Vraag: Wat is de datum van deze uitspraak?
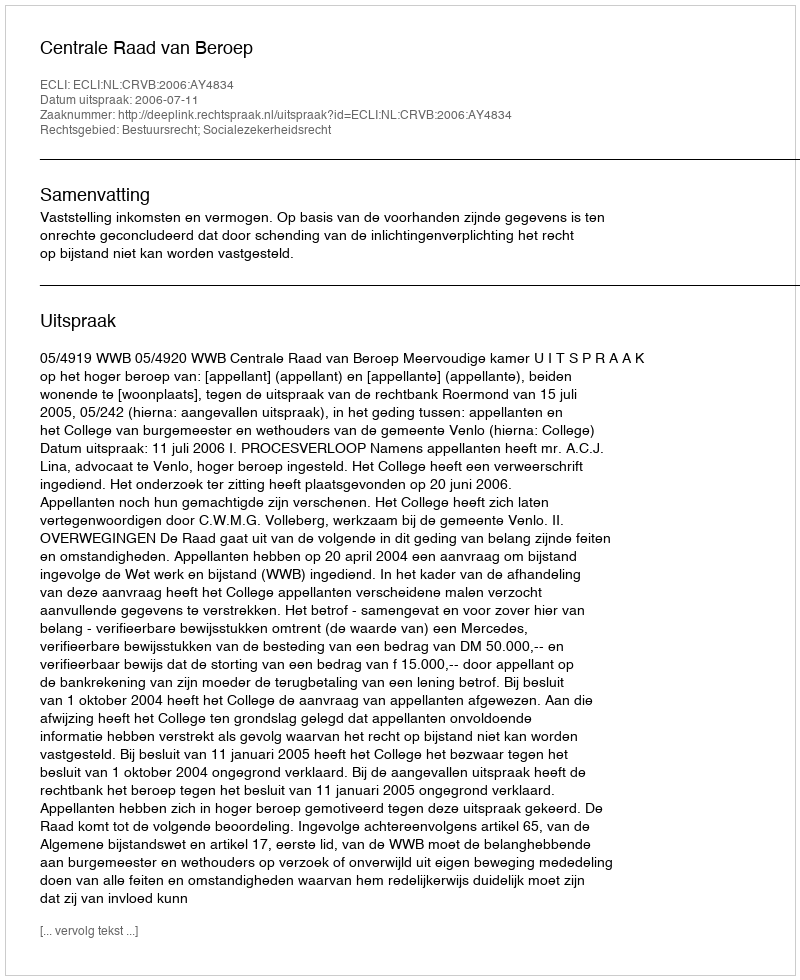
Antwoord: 2006-07-11